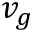
v _ { g }